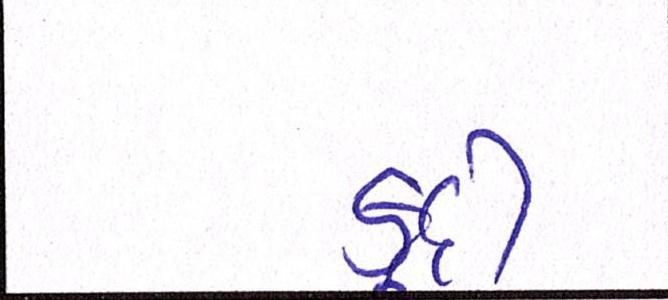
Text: કૂદી